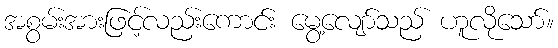
အစွမ်းအားဖြင့်လည်းကောင်း မွေ့လျော်သည် ဟူလိုသော်။